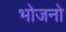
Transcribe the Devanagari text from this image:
भोजनो